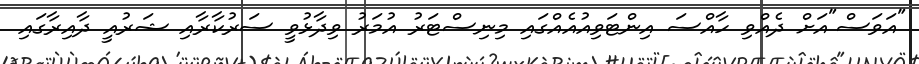
"އަވަސް"އަށް ދެއްވި ހާއްސަ އިންޓަވިއުއެއްގައި މިނިސްޓަރު އުމަރު ވިދާޅުވީ ސަރުކާރާއި ޝަރުއީ ދާއިރާގައި